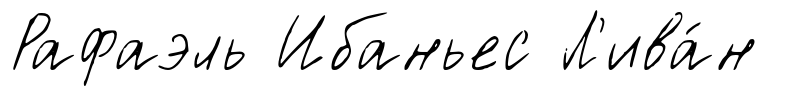
Рафаэль Ибаньес Л'ива́н